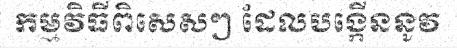
កម្មវិធីពិសេសៗ ដែលបង្កើននូវ